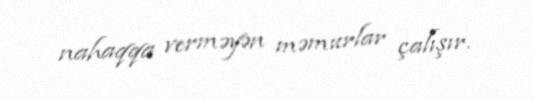
nahaqqa verməyən məmurlar çalışır.